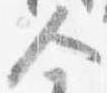
人